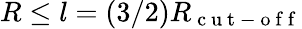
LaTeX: R\leq l=(3/2)R_{\mathrm{~c~u~t~-~o~f~f~}}